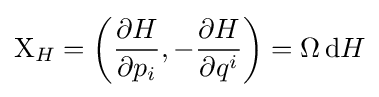
\mathrm {X} _{H}=\left({\frac {\partial H}{\partial p_{i}}},-{\frac {\partial H}{\partial q^{i}}}\right)=\Omega \,\mathrm {d} H